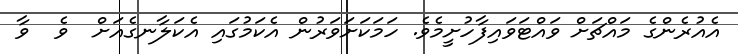
އެއުރެންގެ މައްޗަށް ވައްޓަވައިފާހުށީމެވެ. ހަމަކަށަވަރުން އެކަމުގައި އެކަލާނގެއަށް  ވެ  ވާ